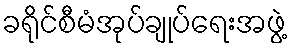
ခရိုင်စီမံအုပ်ချုပ်ရေးအဖွဲ့